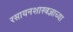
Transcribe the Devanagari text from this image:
रसायनशास्त्रज्ञाच्या